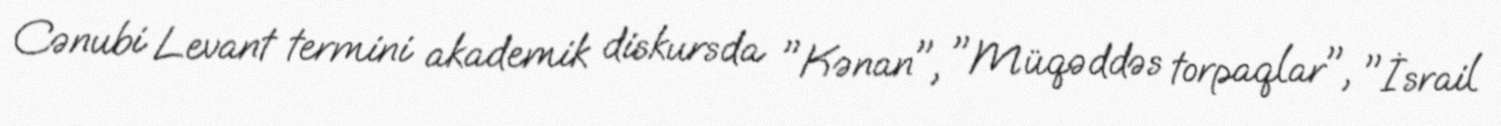
Cənubi Levant termini akademik diskursda "Kənan", "Müqəddəs torpaqlar", "İsrail